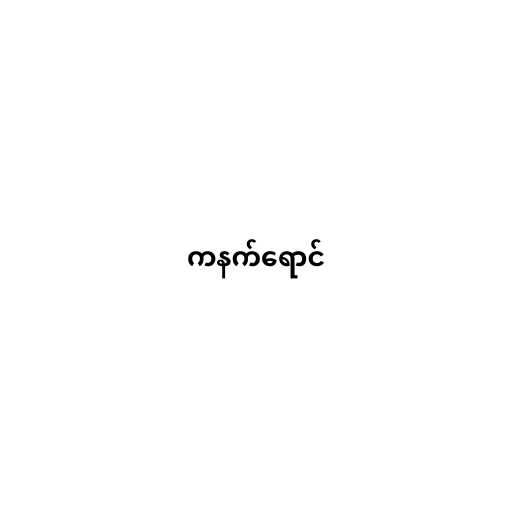
ကနက်ရောင်